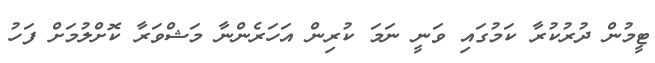
ޓީމުން ދުރުކުރާ ކަމުގައި ވަނީ ނަމަ ކުރިން އަހަރެންނާ މަޝްވަރާ ކޮށްލުމަށް ފަހު